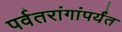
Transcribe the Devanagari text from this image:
पर्वतरांगांपर्यंत